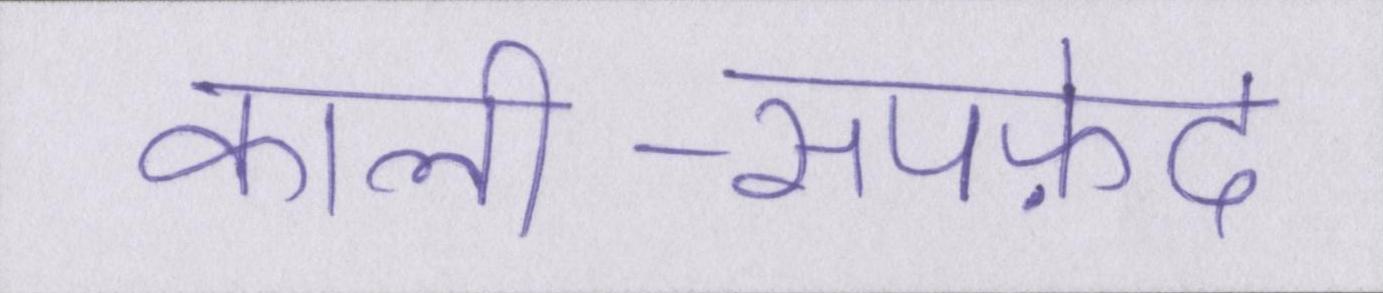
काली-सपफ़ेद